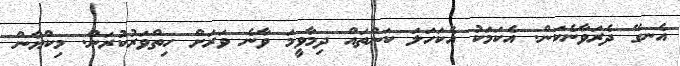
އެނގޭ ދެރަވާނެކަން. އެކަމަކު އެކަހަލަ ކަންތައް ދިމާވީމަ ވާނެ ވަރަށް ހިތްވަރުކުރަން. މިކްޔާން